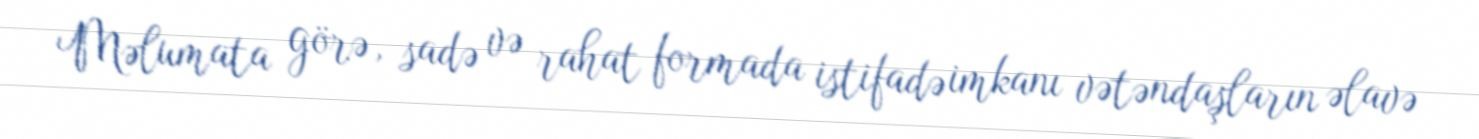
Məlumata görə, sadə və rahat formada istifadə imkanı vətəndaşların əlavə